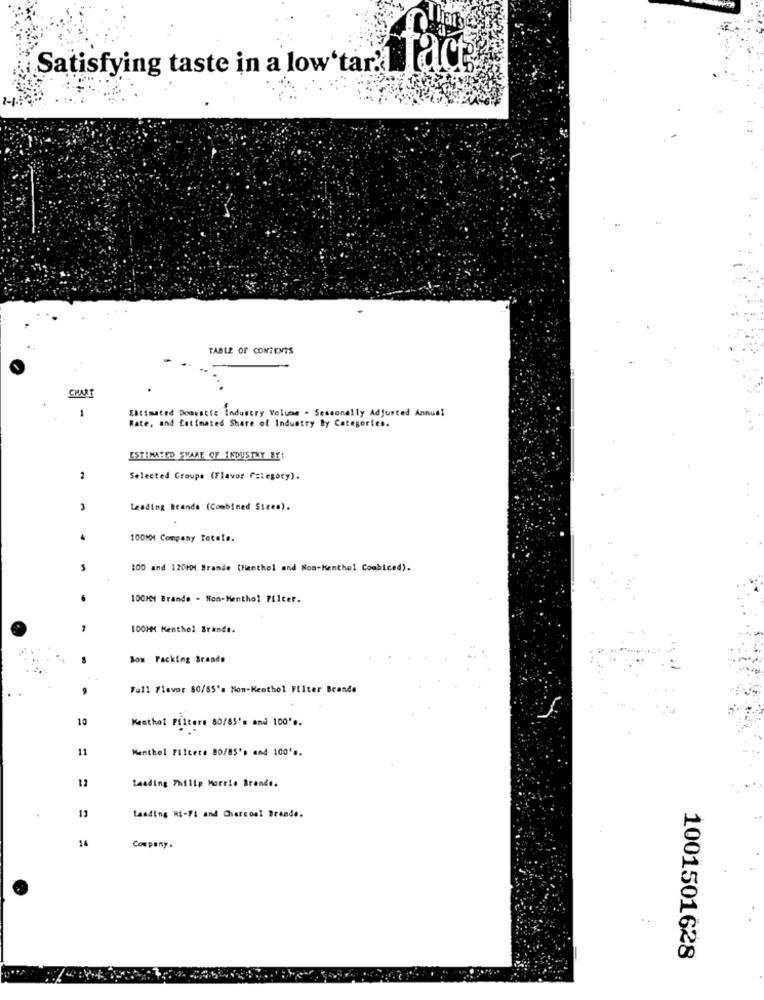
Satisfying taste in a low'tar'
face
TABLE OF CONTENTS
CHAN
Zatimated Doovstie Industry Volume . Seasonally Adjusted Annual
-
Rate, and Estimated Share of Industry By Categories.
ESTIMATED SVARE OF INDUSTRY BY:
2
Selected Groupe (Flavor Category).
Leading Brands (Combined Sices).
100MM Company Totale.
100 and 120MM Brande (Menthol and Non-Kenthol Combiced).
100MM Brande - Non-Menthol Filter.
100HM Menthol Brands.
Som Packing Brands
Full Flavor 80/55'a Non-Menthol Filter Brande
10
Menthol Filters 80/85's and 100 **.
11
Menthol Filters 80/85's and 100's.
12
Leading Philip Morris Brands.
13
Leading HI-FI and Charcoal Brande.
14
Company.
1001501628